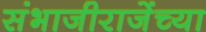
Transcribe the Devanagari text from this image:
संभाजीराजेंच्या